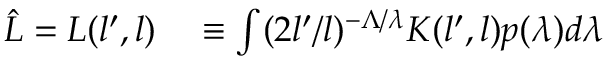
\begin{array} { r l } { \hat { L } = L ( l ^ { \prime } , l ) } & { { } \equiv \int ( 2 l ^ { \prime } / l ) ^ { - \Lambda / \lambda } K ( l ^ { \prime } , l ) p ( \lambda ) d \lambda } \end{array}